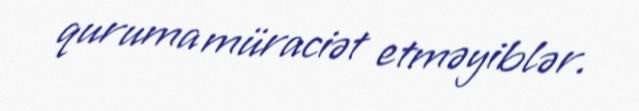
quruma müraciət etməyiblər.